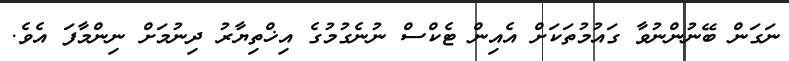
ނަގަން ބޭނުންނުވާ ގައުމުތަކަށް އެއިން ޓެކްސް ނުނެގުމުގެ އިޚްތިޔާރު ދިނުމަށް ނިންމާފަ އެވެ.